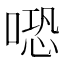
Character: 𠺱